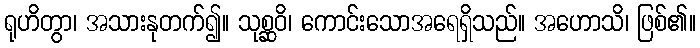
ရုဟိတွာ၊ အသားနုတက်၍။ သုစ္ဆဝိ၊ ကောင်းသောအရေရှိသည်။ အဟောသိ၊ ဖြစ်၏။